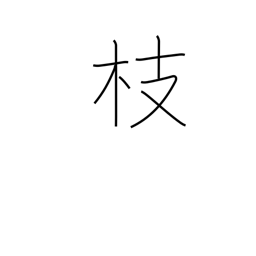
Meaning: twig